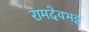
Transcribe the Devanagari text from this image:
रामदेवभट्ट